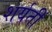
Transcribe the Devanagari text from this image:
शर्यतीं